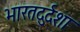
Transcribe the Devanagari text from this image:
भारतदुर्दशा